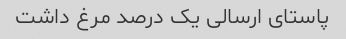
پاستای ارسالی یک درصد مرغ داشت